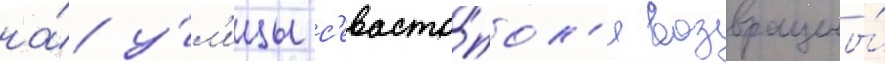
на́ у́л'ицы с'евасто́пол'я возвращены́